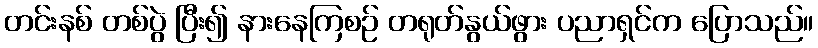
တင်းနစ် တစ်ပွဲ ပြီး၍ နားနေကြစဉ် တရုတ်နွယ်ဖွား ပညာရှင်က ပြောသည်။